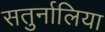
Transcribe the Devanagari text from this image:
सतुर्नालिया